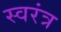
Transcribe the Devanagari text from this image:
स्वरंत्र